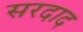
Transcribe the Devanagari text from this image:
सरदाद